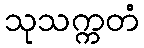
သုသက္ကတံ